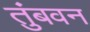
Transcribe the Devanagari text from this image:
तुंबवन